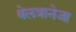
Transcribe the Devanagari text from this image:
बेलत्रानेजा